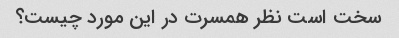
سخت است نظر همسرت در این مورد چیست؟